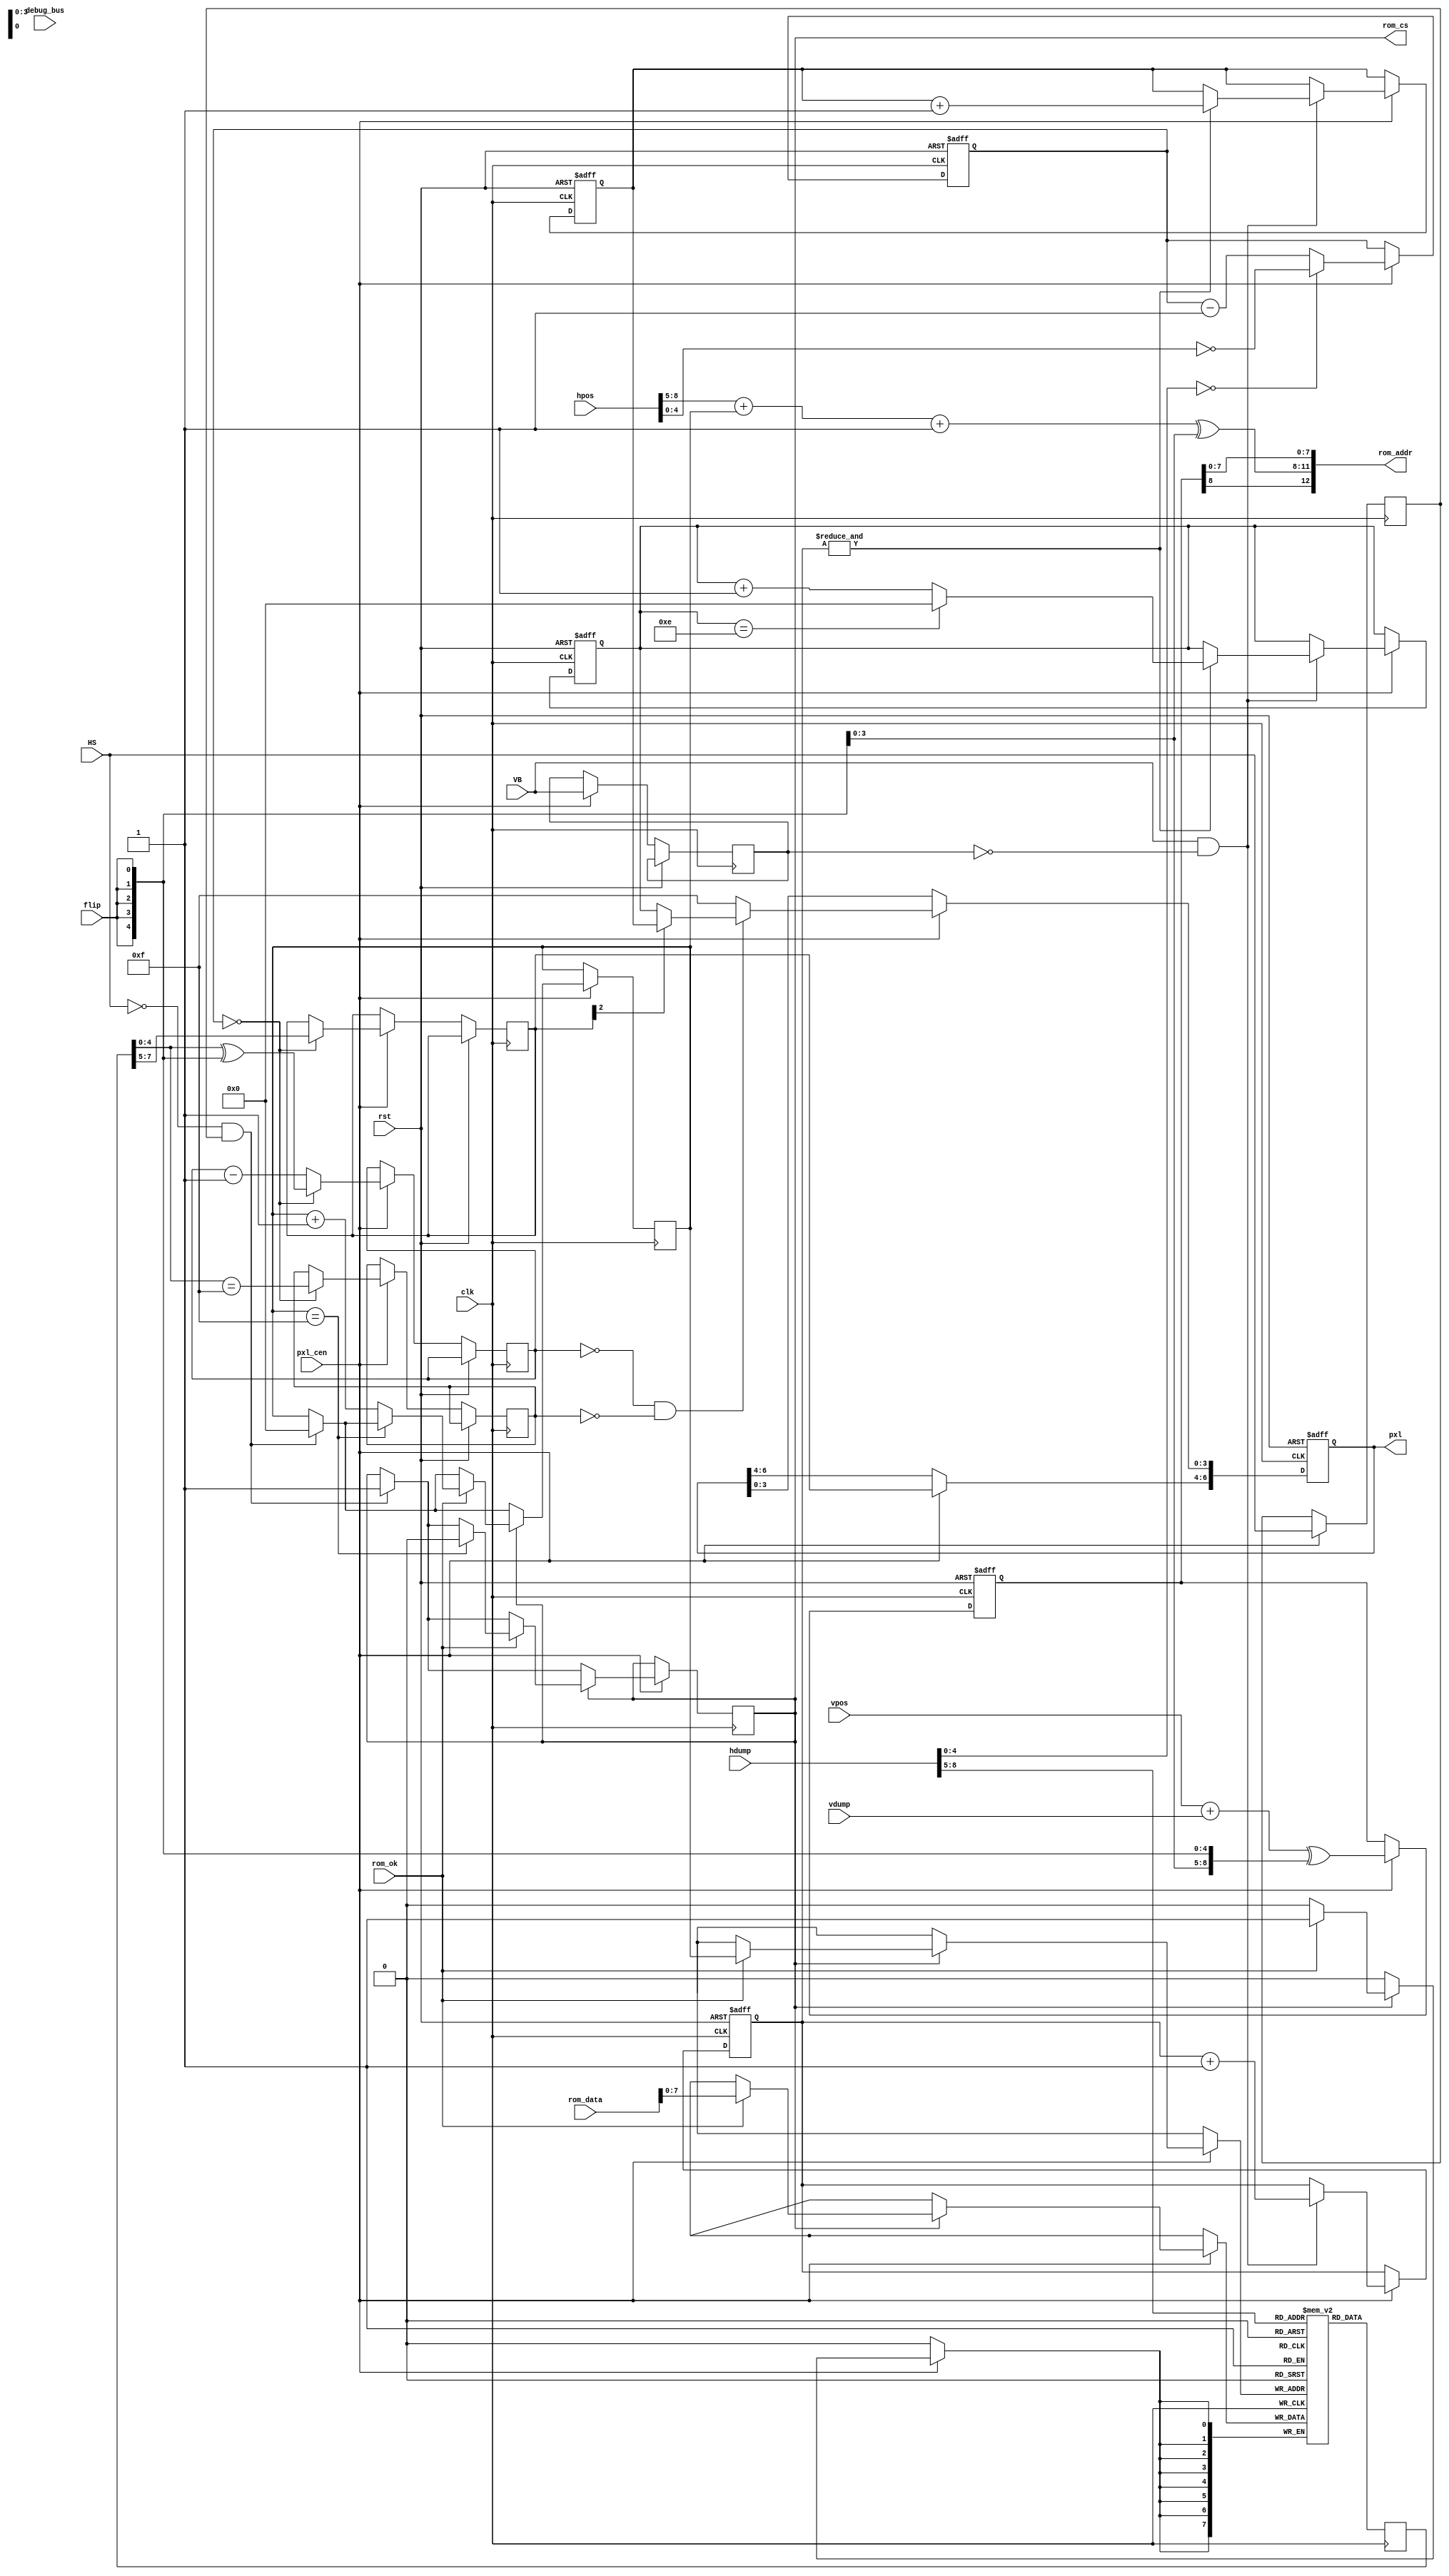
/*  This file is part of JTCORES1.
    JTCORES1 program is free software: you can redistribute it and/or modify
    it under the terms of the GNU General Public License as published by
    the Free Software Foundation, either version 3 of the License, or
    (at your option) any later version.

    JTCORES1 program is distributed in the hope that it will be useful,
    but WITHOUT ANY WARRANTY; without even the implied warranty of
    MERCHANTABILITY or FITNESS FOR A PARTICULAR PURPOSE.  See the
    GNU General Public License for more details.

    You should have received a copy of the GNU General Public License
    along with JTCORES1.  If not, see <http://www.gnu.org/licenses/>.

    Author: Jose Tejada Gomez. Twitter: @topapate
    Version: 1.0
    Date: 29-9-2021 */


// Star field generator
// Based on research work by Loic
// https://gitlab.com/loic.petit/cps2-reverse

module jtcps1_stars(
    input              rst,
    input              clk,
    input              pxl_cen,

    input              HS,
    input              VB,
    input              flip,
    input      [ 8:0]  hdump,
    input      [ 8:0]  vdump,
    // control registers
    input      [ 8:0]  hpos,
    input      [ 8:0]  vpos,

    output     [12:0]  rom_addr,
    input      [31:0]  rom_data,
    input              rom_ok,
    output             rom_cs,

    output reg [ 6:0]  pxl,
    input      [ 7:0]  debug_bus
);

parameter FIELD=0;

reg  [3:0] cnt16, cnt15, fcnt, cache_cnt;
reg  [2:0] pal_id;
reg  [4:0] pos, xs_cnt;
reg  [7:0] star_data;
reg  [8:0] veff;
reg        VBl, HSl, cache_fill, blank;
reg  [3:0] rom_hpos;

reg  [7:0] cache[0:15];

assign rom_cs   = cache_fill;
assign rom_addr = { veff[8], rom_hpos, veff[7:0] };

always @(posedge clk) if(pxl_cen) begin
    HSl <= HS;
    if( !HS && HSl ) begin // start the filling after HS (vdump toggles before)
        cache_fill <= 1;
        cache_cnt  <= 0;
    end
    if( cache_fill ) begin
        if( rom_ok ) begin // not need for wait state because of pxl_cen
            cache[ cache_cnt ] <= rom_data[7:0];
            if( cache_cnt==4'hf ) begin
                cache_fill <= 0;
            end else begin
                cache_cnt <= cache_cnt + 1'd1;
            end
        end
    end
end

always @(posedge clk) begin
    star_data <= cache[ hdump[8:5] ];
end

always @* begin
    rom_hpos = ((hpos[8:5] + cache_cnt + 4'd1 ) ^ {4{flip}}); // stars-x schematic
end

always @(posedge clk, posedge rst) begin
    if( rst ) begin
        cnt15 <= 0;
        cnt16 <= 0;
        veff  <= 0;
        fcnt  <= 0;
    end else if( pxl_cen ) begin
        veff <= (vpos+vdump)^{9{flip}};
        VBl  <= VB;
        if( VB & ~VBl ) begin
            fcnt <= fcnt+1'd1;
            if( &fcnt[3:0] ) begin
                cnt15 <= cnt15==14 ? 4'd0 : cnt15+1'd1; // cnt15 will never be transparent
                cnt16 <= cnt16+1'd1; // transparent when cnt16==15
            end
        end
    end
end

always @(posedge clk, posedge rst) begin
    if( rst ) begin
        pxl <= 7'hf;
        xs_cnt <= 0;
    end else if( pxl_cen ) begin
        if( hdump[4:0]==0 ) begin
            xs_cnt <= ~hpos[4:0];
        end else begin
            xs_cnt <= xs_cnt-1'd1;
        end
        if( xs_cnt==0 ) begin
            pal_id <= star_data[7:5];
            pos    <= star_data[4:0]^{5{flip}};
            blank  <= star_data[4:0]==5'hf;
        end else begin
            pos <= pos-1'd1;
        end
        pxl[6:4] <= pal_id;
        pxl[3:0] <= pos==0 && !blank ? (pal_id[2] ? cnt16 : cnt15) : 4'hf;
    end
end

endmodule